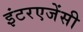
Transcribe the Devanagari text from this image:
इंटरएजेंसी